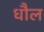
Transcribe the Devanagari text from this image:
धौल